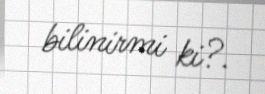
bilinirmi ki?.